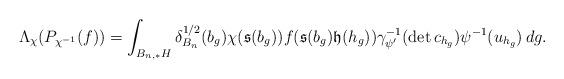
LaTeX: \begin{align*}\Lambda_{\chi}(P_{\chi^{-1}}(f))=\int_{B_{n,*}H}\delta^{1/2}_{B_n}(b_g)\chi(\mathfrak{s}(b_g))f(\mathfrak{s}(b_g)\mathfrak{h}(h_g))\gamma_{\psi'}^{-1}(\det c_{h_g})\psi^{-1}(u_{h_g})\, dg.\end{align*}